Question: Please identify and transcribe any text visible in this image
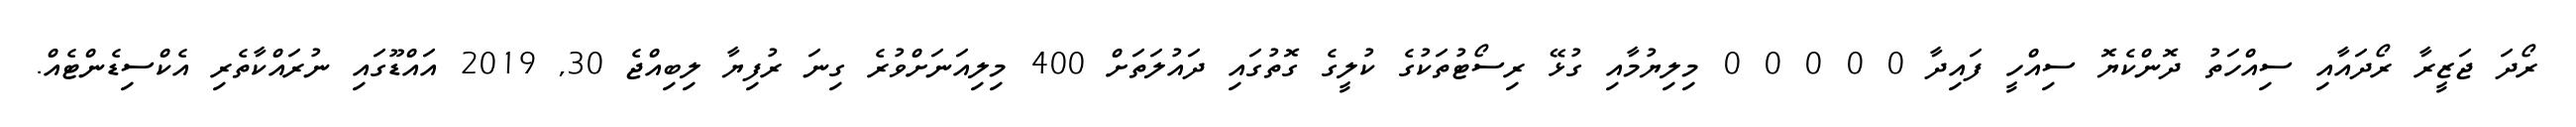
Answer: ރޯދަ ޖަޒީރާ ރޯދައާއި ސިއްހަތު ދޮންކެޔޮ ސިއްހީ ފައިދާ 0 0 0 0 0 މިލިޔުމާއި ގުޅޭ ރިސޯޓުތަކުގެ ކުލީގެ ގޮތުގައި ދައުލަތަށް 400 މިލިއަނަށްވުރެ ގިނަ ރުފިޔާ ލިބިއްޖެ 30, 2019 އައްޑޫގައި ނުރައްކާތެރި އެކްސިޑެންޓެއް.